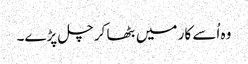
وہ اُسے کار میں بٹھا کر چل پڑے۔